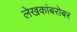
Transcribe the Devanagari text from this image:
लेखकांबरोबर